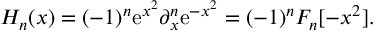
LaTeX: H _ { n } ( x ) = ( - 1 ) ^ { n } \mathrm { e } ^ { x ^ { 2 } } \partial _ { x } ^ { n } \mathrm { e } ^ { - x ^ { 2 } } = ( - 1 ) ^ { n } F _ { n } [ - x ^ { 2 } ] .